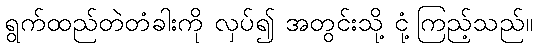
ရွက်ထည်တဲတံခါးကို လှပ်၍ အတွင်းသို့ ငုံ့ကြည့်သည်။